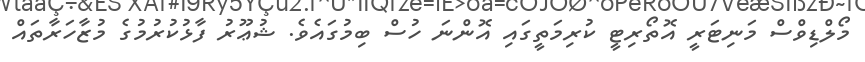
މޯލްޑިވްސް މަނިޓަރީ އޮތޯރިޓީ ކުރިމަތީގައި އޮންނަ ހުސް ބިމުގައެވެ. ޝުޢޫރު ފާޅުކުރުމުގެ މުޒާހަރާތައް